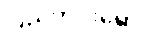
ပြည်တွင်းရော